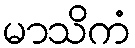
မာသိကံ